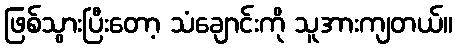
ဖြစ်သွားပြီးတော့ သံချောင်းကို သူအားကျတယ်။